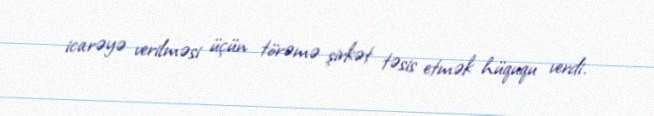
icarəyə verilməsi üçün törəmə şirkət təsis etmək hüququ verdi.